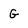
Character: G